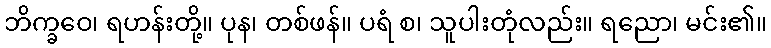
ဘိက္ခဝေ၊ ရဟန်းတို့။ ပုန၊ တစ်ဖန်။ ပရံ စ၊ သူပါးတုံလည်း။ ရညော၊ မင်း၏။